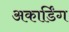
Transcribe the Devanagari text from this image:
अकार्डिंग